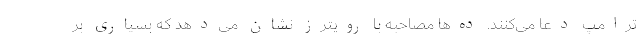
ترامپ دعا می‌کنند. ده‌ها مصاحبه با رویترز نشان می‌دهد که بسیاری بر